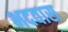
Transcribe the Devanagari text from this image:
भदवास